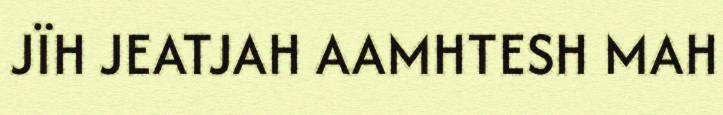
JÏH JEATJAH AAMHTESH MAH